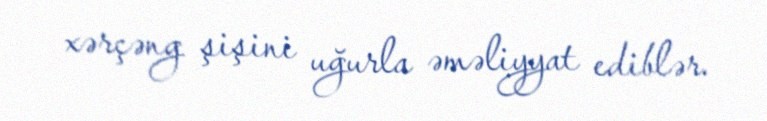
xərçəng şişini uğurla əməliyyat ediblər.